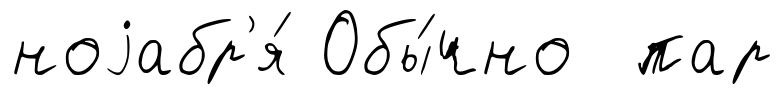
ноjабр'я́ Обы́чно пар